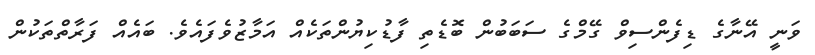
ވަނީ އޭނާގެ ޑިފެންސިވް ގޭމްގެ ސަބަބުން ބޮޑެތި ފާޑުކިޔުންތަކެއް އަމާޒުވެފައެވެ. ބައެއް ފަރާތްތަކުން